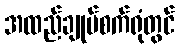
အထည်ချုပ်စက်ရုံတွင်